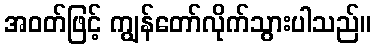
အဝတ်ဖြင့် ကျွန်တော်လိုက်သွားပါသည်။